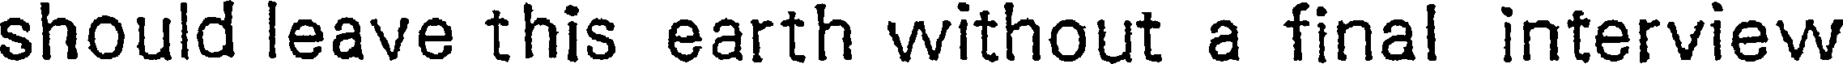
should leave this earth without a final interview